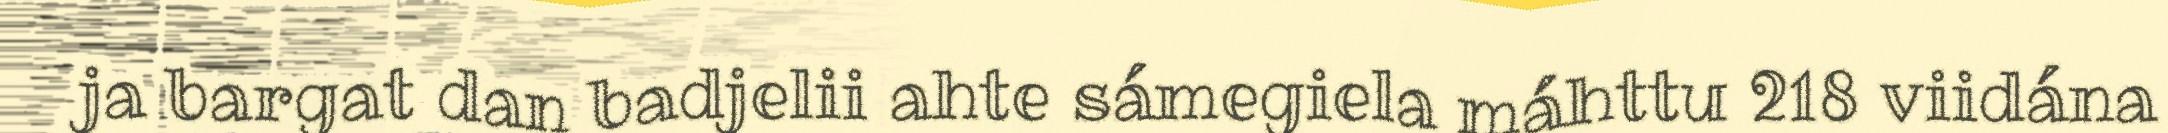
ja bargat dan badjelii ahte sámegiela máhttu 218 viidána